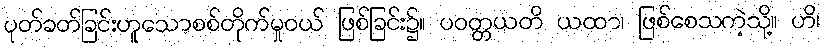
ပုတ်ခတ်ခြင်းဟူသောစစ်တိုက်မှုဝယ် ဖြစ်ခြင်း၌။ ပဝတ္တယတိ ယထာ၊ ဖြစ်စေသကဲ့သို့။ ဟိ၊